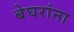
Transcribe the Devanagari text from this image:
बेघरांना